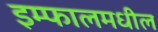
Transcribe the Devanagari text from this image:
इम्फालमधील